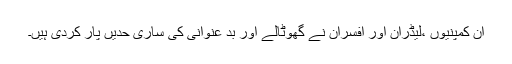
ان کمپنیوں ،لیڈران اور افسران نے گھوٹالے اور بد عنوانی کی ساری حدیں پار کردی ہیں۔